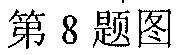
第8题图